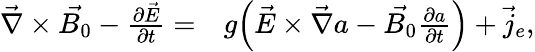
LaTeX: \begin{array}{rl}{\vec{\nabla}\times\vec{B_{0}}-\frac{\partial\vec{E}}{\partial{t}}=}&{{}g\Big(\vec{E}\times\vec{\nabla}a-\vec{B_{0}}\frac{\partial a}{\partial t}\Big)+\vec{j}_{e},}\end{array}